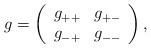
LaTeX: \begin{align*}g=\left(\begin{array}{cc}g_{++}&g_{+-}\\g_{-+}&g_{--}\end{array}\right),\end{align*}